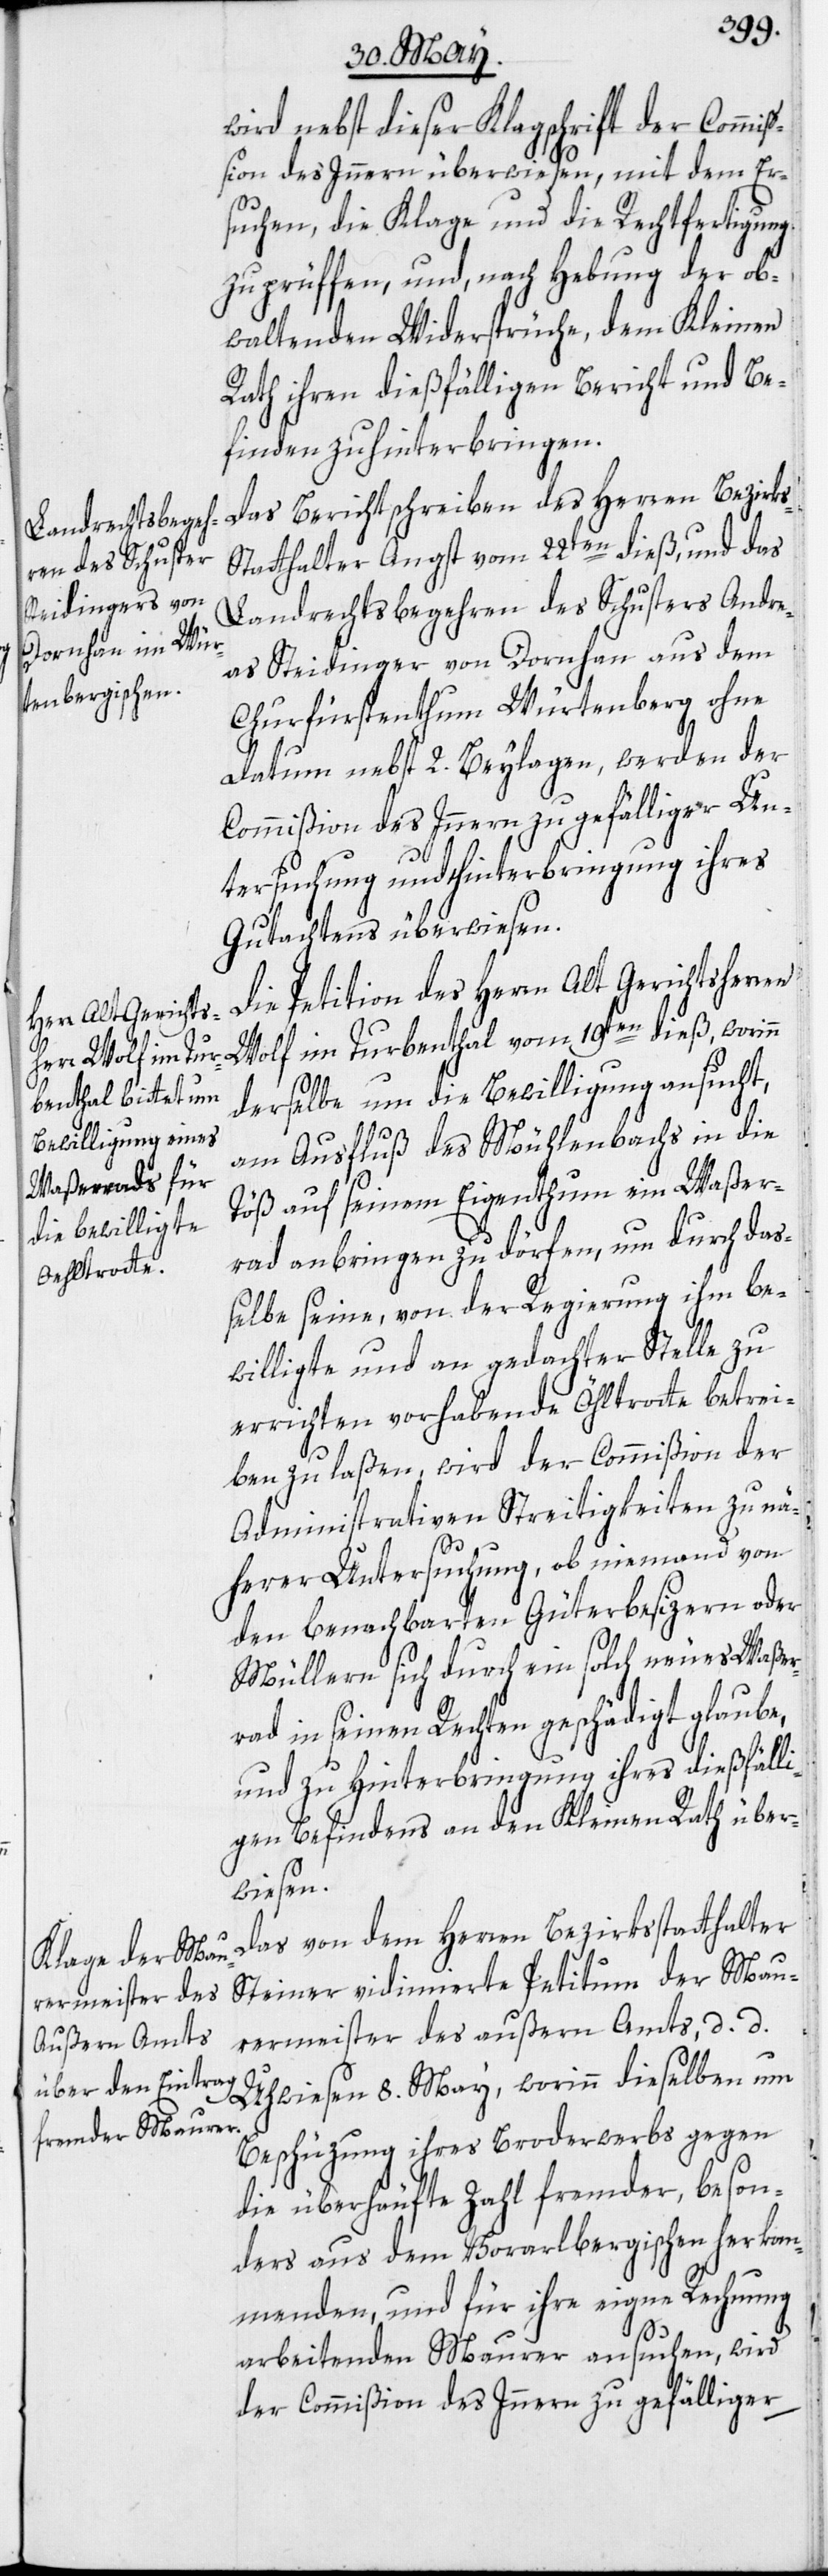
wird nebst dieser Klagschrift der Commis¬
sion des Innern überwiesen, mit dem Er¬
suchen, die Klage und die Rechtfertigung
zu prüffen, und, nach Hebung der ob¬
waltenden Widersprüche, dem Kleinen
Rath ihren dießfälligen Bericht und Be¬
finden zu hinterbringen.
Das Berichtschreiben des Herren Bezirk¬
tatthalter Angst vom 22ten dieß, und das
Landrechtsbegehren des Schusters Andre¬
s-S¬
as Steidinger von Dornhan aus dem
Churfürstenthum Würtenberg ohne
Datum nebst 2. Beylagen, werden der
Commißion des Innern zu gefälliger Un¬
tersuchung und Hinterbringung ihres
Gutachtens überwiesen.
Die Petition des Herrn Alt Gerichtsherren
Wolf im Turbenthal vom 19ten dieß, worinn
derselbe um die Bewilligung ansucht,
am Ausfluß des Mühlenbachs in die
Töß auf seinem Eigenthum ein Waßer¬
rad anbringen zu dörfen, um durch das¬
selbe seine, von der Regierung ihm be¬
willigte und an gedachter Stelle zu
errichten vorhabende Öhltrotte betrei¬
ben zu laßen, wird der Commißion der
Administrativen Streitigkeiten zu nä¬
herer Untersuchung, ob niemand von
den benachbarten Güterbesizern oder
Müllern sich durch ein solch neues Waßer¬
rad in seinen Rechten geschädigt glaube,
und zu Hinterbringung ihres dießfälli¬
gen Befindens an den Kleinen Rath über¬
wiesen.
Das von dem Herren Bezirksstatthalter
Steiner vidimierte Petitum der Mau¬
rermeister des außern Amts, d. d.
Uhwiesen 8. May, worinn dieselben um
Beschüzung ihres Broderwerbs gegen
die überhäufte Zahl fremder, beson¬
ders aus dem Vorarlbergischen herkom¬
menden, und für ihre eigne Rechnung
arbeitenden Maurer ansuchen, wird
der Commißion des Innern zu gefälliger